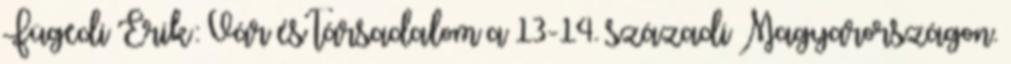
Fügedi Erik: Vár és társadalom a 13-14. századi Magyarországon.